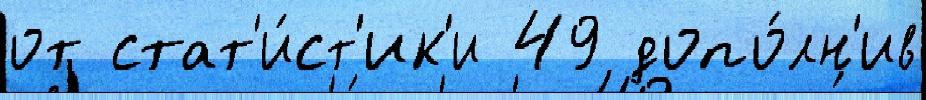
от стат'и́ст'ик'и 49 допо́лн'ив